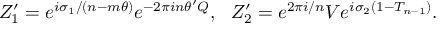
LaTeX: Z _ { 1 } ^ { \prime } = e ^ { i \sigma _ { 1 } / ( n - m \theta ) } e ^ { - 2 \pi i n \theta ^ { \prime } Q } , ~ ~ Z _ { 2 } ^ { \prime } = e ^ { 2 \pi i / n } V e ^ { i \sigma _ { 2 } ( 1 - T _ { n - 1 } ) } .